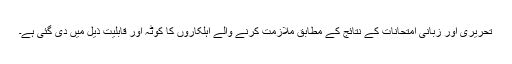
تحریری اور زبانی امتحانات کے نتائج کے مطابق ملازمت کرنے والے اہلکاروں کا کوٹہ اور قابلیت ذیل میں دی گئی ہے۔